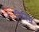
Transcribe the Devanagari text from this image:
निनिस